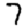
Digit: 7